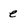
Character: e